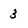
Character: 3